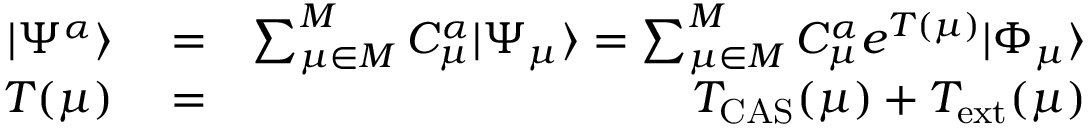
\begin{array} { r l r } { | \Psi ^ { \alpha } \rangle } & { { } = } & { \sum _ { \mu \in { \cal M } } ^ { M } C _ { \mu } ^ { \alpha } | \Psi _ { \mu } \rangle = \sum _ { \mu \in { \cal M } } ^ { M } C _ { \mu } ^ { \alpha } e ^ { T ( \mu ) } | \Phi _ { \mu } \rangle } \\ { T ( \mu ) } & { { } = } & { T _ { \mathrm { C A S } } ( \mu ) + T _ { \mathrm { e x t } } ( \mu ) } \end{array}